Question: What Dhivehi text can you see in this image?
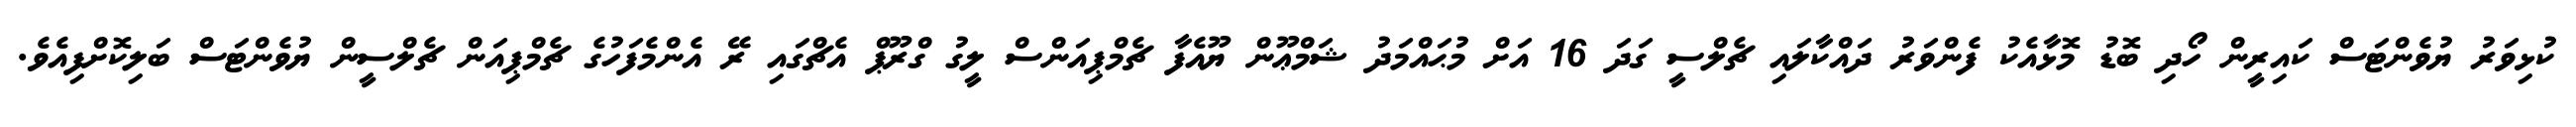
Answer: ކުޅިވަރު ޔުވެންޓަސް ކައިރީން ހޯދި ބޮޑު މޮޅާއެކު ފެންވަރު ދައްކާލައި ޗެލްސީ ގަދަ 16 އަށް މުޙައްމަދު ޝަމްޢޫން ޔޫއެފާ ޗެމްޕިއަންސް ލީގު ގްރޫޕް އެޗްގައި ރޭ އެންމެފަހުގެ ޗެމްޕިއަން ޗެލްސީން ޔުވެންޓަސް ބަލިކޮށްފިއެވެ.